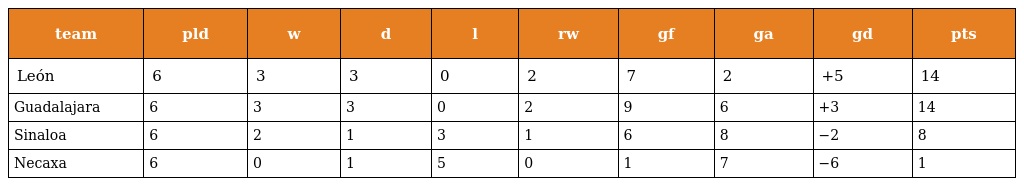
| team | pld | w | d | l | rw | gf | ga | gd | pts |
 | --- | --- | --- | --- | --- | --- | --- | --- | --- | --- |
 | León | 6 | 3 | 3 | 0 | 2 | 7 | 2 | +5 | 14 |
 | Guadalajara | 6 | 3 | 3 | 0 | 2 | 9 | 6 | +3 | 14 |
 | Sinaloa | 6 | 2 | 1 | 3 | 1 | 6 | 8 | −2 | 8 |
 | Necaxa | 6 | 0 | 1 | 5 | 0 | 1 | 7 | −6 | 1 |